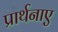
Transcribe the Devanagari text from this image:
प्रार्थनाए